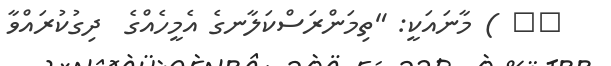
٦٨ ) މާނައަކީ: "ތިމަންރަސްކަލާނގެ އެމީހެއްގެ  ދިގުކުރައްވާ